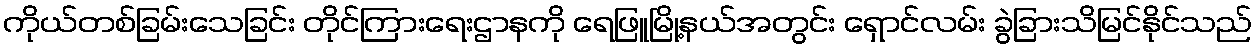
ကိုယ်တစ်ခြမ်းသေခြင်း တိုင်ကြားရေးဌာနကို ရေဖြူမြို့နယ်အတွင်း ရှောင်လမ်း ခွဲခြားသိမြင်နိုင်သည်